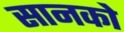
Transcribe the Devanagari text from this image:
सानको